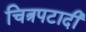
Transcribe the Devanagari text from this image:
चित्रपटादी